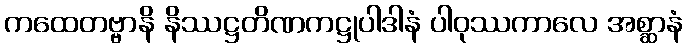
ကထေတဗ္ဗာနိ နိဿဋ္ဌတိဏကဋ္ဌုပါဒါနံ ပါဝုဿကာလေ အစ္ဆာနံ